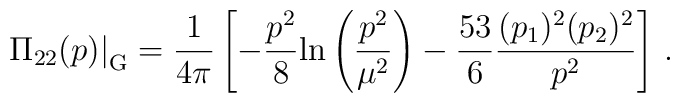
\displaystyle{   \left.    \Pi_{22}(p)   \right|_{\rm G}  }  =  \displaystyle{   \frac{1}{4\pi}   \left[   - \frac{p^2}{8}      {\rm ln}\left( \frac{p^2}{\mu^2} \right)    - \frac{53}{6} \frac{(p_1)^2 (p_2)^2}{p^2}   \right] \, .  }